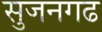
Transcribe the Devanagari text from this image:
सुजनगढ